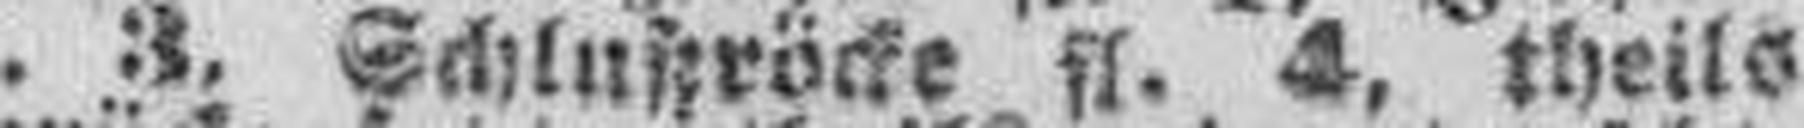
fl. 3, Schlußröcke fl. 4, theils